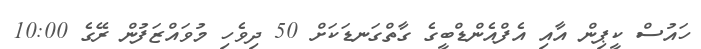
ހައުސް ކީޕިން އާއި އެފްއެންޑްބީގެ ގާތްގަނޑަކަށް 50 ދިވެހި މުވައްޒަފުން ރޭގެ 10:00